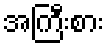
အကြီးစား